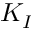
K _ { I }